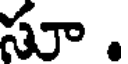
సూ .